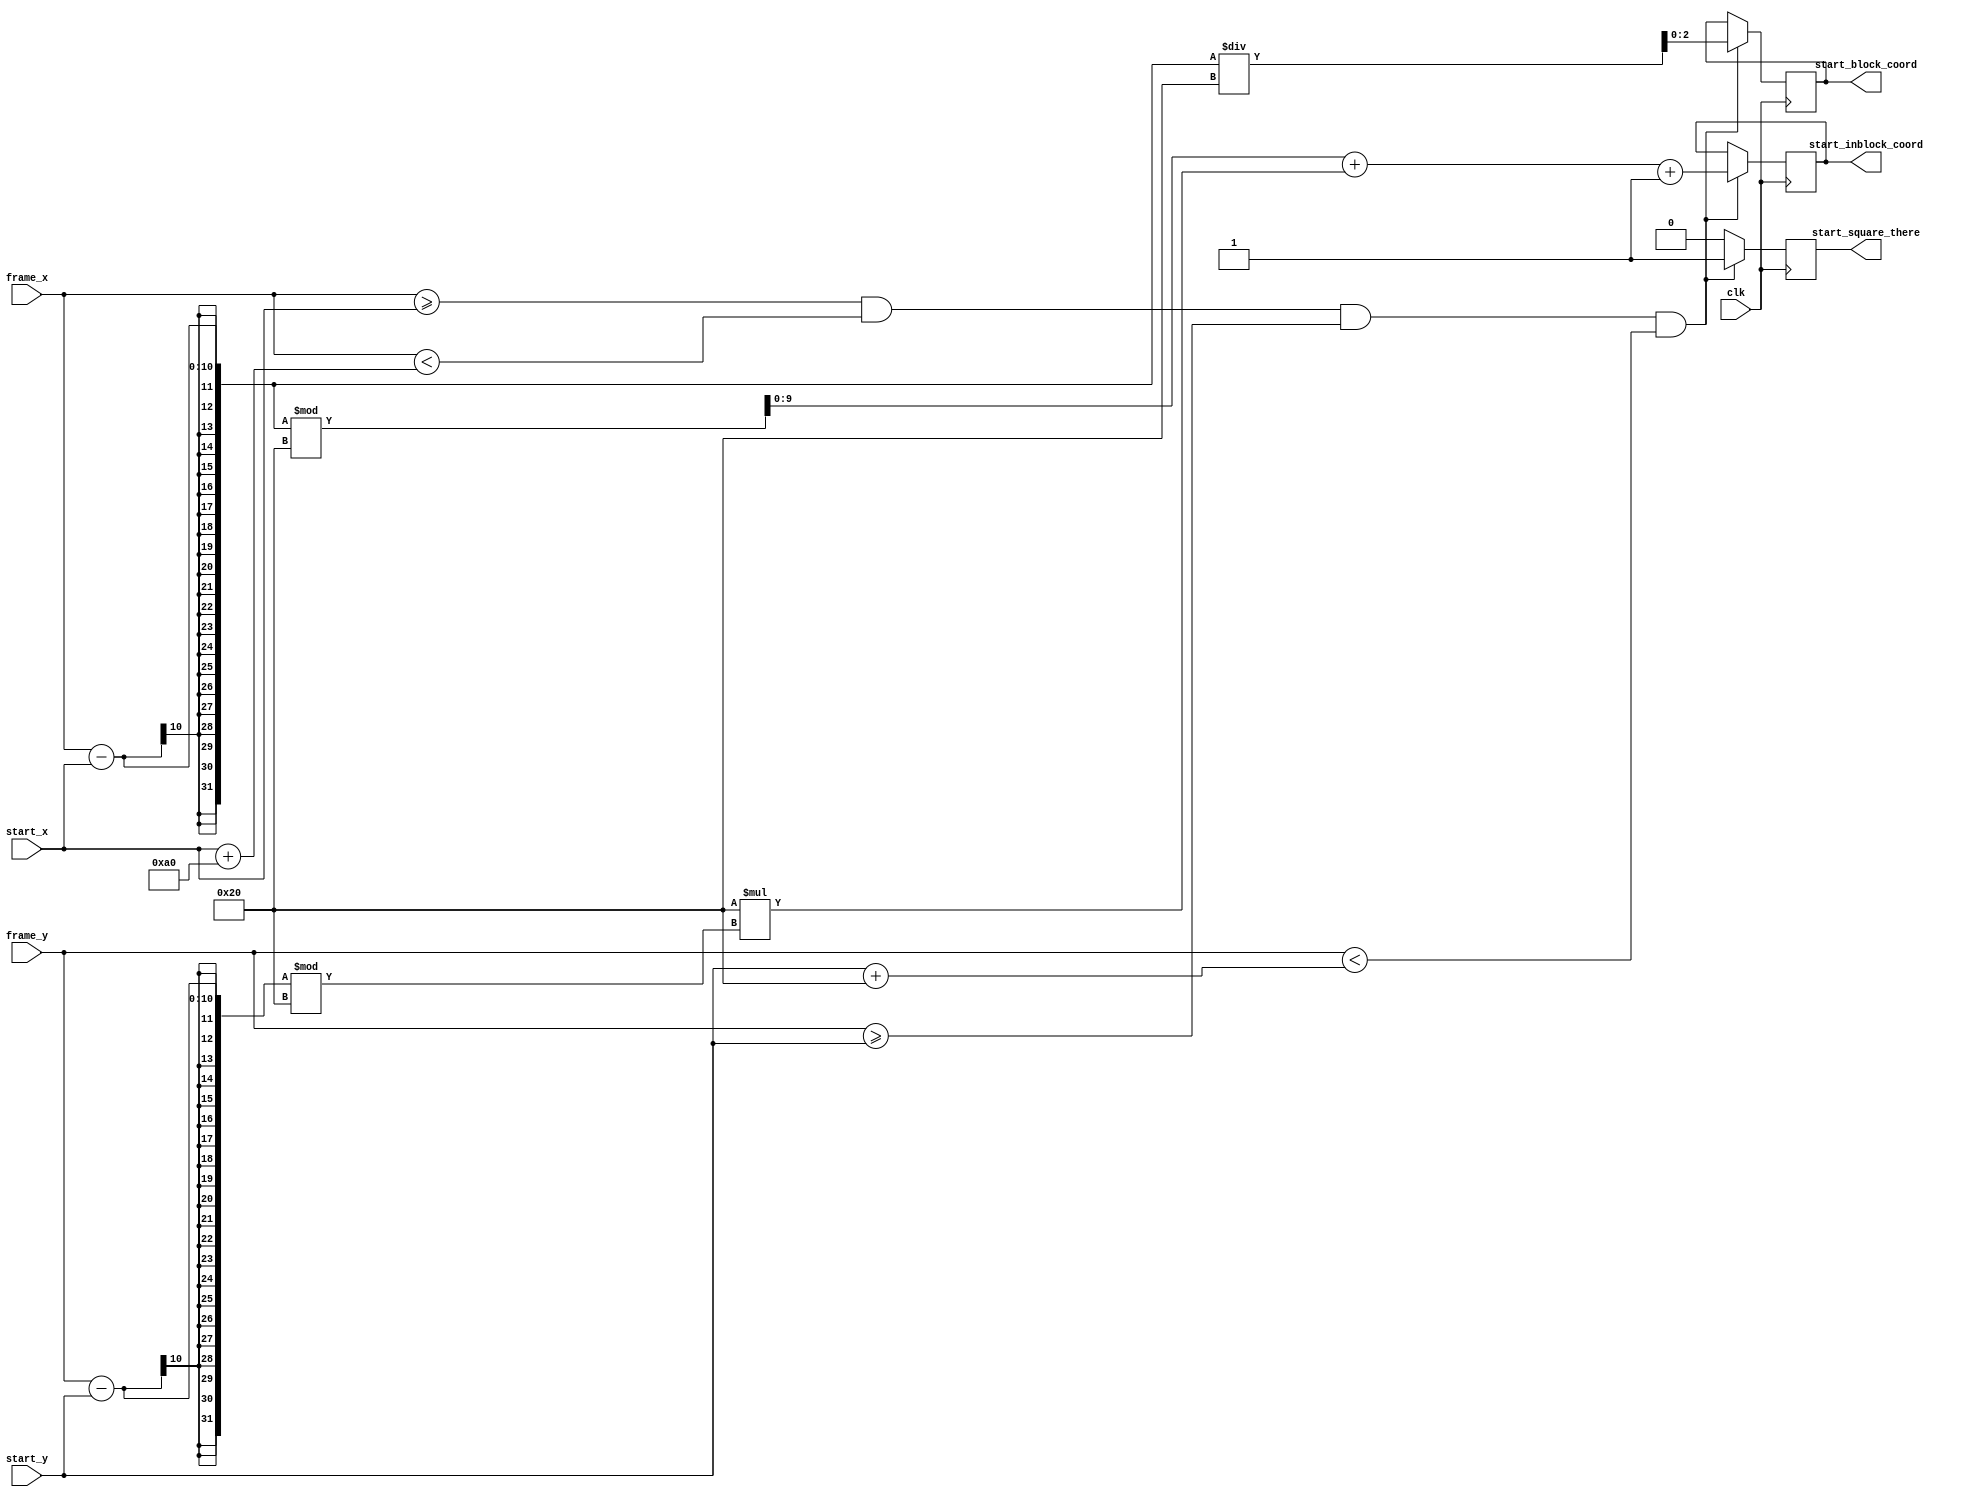
module start_coord_conversion(start_block_coord, start_inblock_coord, start_x, start_y, frame_x, frame_y, start_square_there, clk);
	input clk;
	input [9:0] frame_x;
	input [9:0] frame_y;
	input [9:0] start_x;
	input [9:0] start_y;

	output [2:0] start_block_coord;
	output [9:0] start_inblock_coord;
	output start_square_there;
	
wire [9:0] frame_x;	
wire [9:0] frame_y;
wire [9:0] start_x;
wire [9:0] start_y;

reg [2:0] start_block_coord;
reg [9:0] start_inblock_coord;
reg start_square_there;

always @(posedge clk) begin
	if(frame_x >= start_x && frame_x < start_x + 160
		&& frame_y >= start_y && frame_y < start_y + 32) begin
		
		start_block_coord = ((frame_x - start_x) / 32);
		
		start_inblock_coord = ((frame_x - start_x) % 32) + (32 * ((frame_y - start_y) % 32)) + 1;
		
		start_square_there <= 1;
	end
	
	else begin
		start_square_there <= 0;
	end

end

endmodule